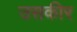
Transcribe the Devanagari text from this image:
उसकीर